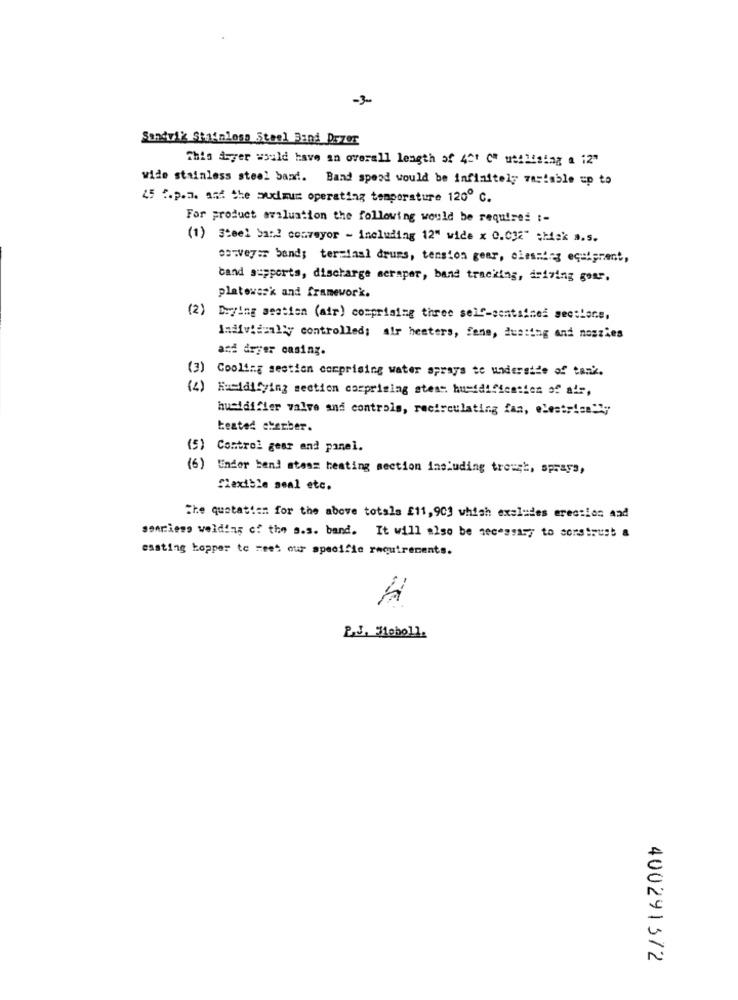
-3-
Sandvik Stainless Steel Band Przer
This Ayer would have an overall length of 401 0" utillalag a 12"
wide stainless steel band. Band spend would be infinitely variable up to
45 ".p.a. and the pudimum operating temperature 120º c.
For product avaluation the following would be required :-
(1) Steel Sarl conveyor - including 12" wide x 0.032" chak a.5.
esweyer band; terminal drums, tension gear, elesning equipment,
band supports, discharge seraper, band tracking, driving gomr.
platowssk and framework.
(2) Buying seation (air) comprising three self-centsized sections,
Individually controlled; alr heaters, fans, dusting and noszies
and dryer casing.
(3) Cooling section comprising water sprays to underside of tank.
(4) Humidifying section comprising atea humidification of ats,
humidifier valve and controls, recirculating fas, electrically
teated chember.
(5) Control gear and panel.
(6) Ender bend stens heating section including trough, sprays,
Siextble seal etc.
The quatation for the above totala £11,903 which excludes erection and
somriess welding of the a.s. band. It will also be necessary to sonstrust &
essting hopper to meet our specific requirements.
4002913/2